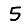
Digit: 5